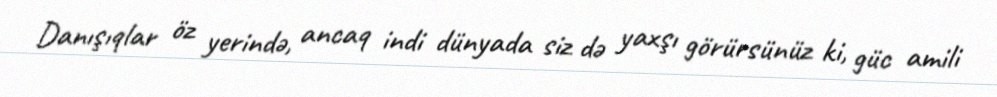
Danışıqlar öz yerində, ancaq indi dünyada siz də yaxşı görürsünüz ki, güc amili